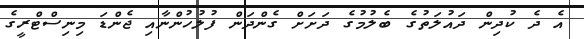
އެ ދެ ކުދިން ދައުލަތުގެ ބެލުމުގެ ދަށަށް ގެންދަން ފުލުހުންނާއި ޖެންޑަ މިނިސްޓްރީގެ